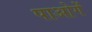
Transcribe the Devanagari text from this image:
पाओगें